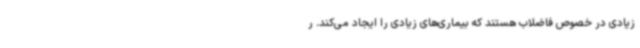
زیادی در خصوص فاضلاب هستند که بیماری‌های زیادی را ایجاد می‌کند. ر